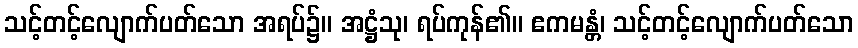
သင့်တင့်လျောက်ပတ်သော အရပ်၌။ အဋ္ဌံသု၊ ရပ်ကုန်၏။ ဧကမန္တံ၊ သင့်တင့်လျောက်ပတ်သော